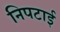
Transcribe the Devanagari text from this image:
निपटाई